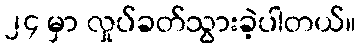
၂၄ မှာ လှုပ်ခတ်သွားခဲ့ပါတယ်။